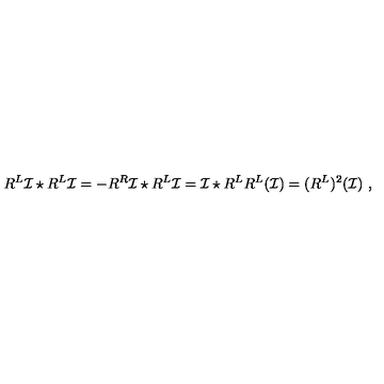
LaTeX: R ^ { L } \mathcal { I } \star R ^ { L } \mathcal { I } = - R ^ { R } \mathcal { I } \star R ^ { L } \mathcal { I } = \mathcal { I } \star R ^ { L } R ^ { L } ( \mathcal { I } ) = ( R ^ { L } ) ^ { 2 } ( \mathcal { I } ) \ ,